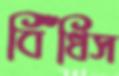
বিঁধিস